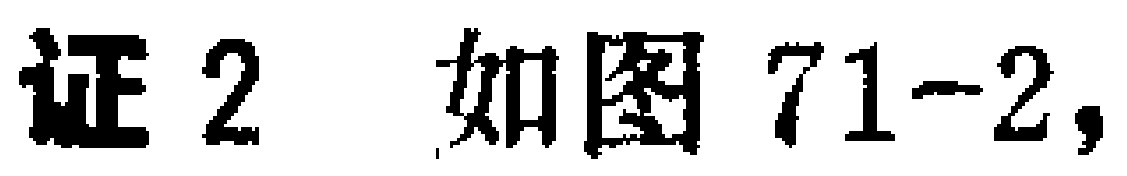
证2 如图71-2,